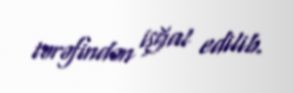
tərəfindən işğal edilib.